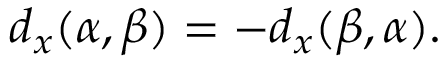
\begin{array} { r } { d _ { x } ( \alpha , \beta ) = - d _ { x } ( \beta , \alpha ) . } \end{array}